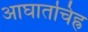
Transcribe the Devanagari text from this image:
आघातचिह्र